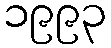
၁၉၉၃